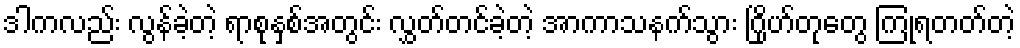
ဒါကလည်း လွန်ခဲ့တဲ့ ရာစုနှစ်အတွင်း လွှတ်တင်ခဲ့တဲ့ အာကာသနက်သွား ဂြိုဟ်တုတွေ ကြုံရတတ်တဲ့